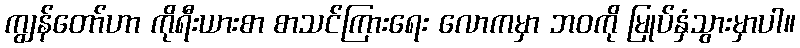
ကျွန်တော်ဟာ ကိုရီးယားစာ စာသင်ကြားရေး လောကမှာ ဘဝကို မြုပ်နှံသွားမှာပါ။